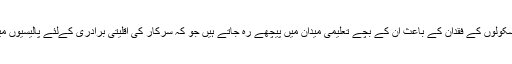
پشاور میں سکھ کمیونٹی کے سکولوں کے فقدان کے باعث ان کے بچے تعلیمی میدان میں پیچھے رہ جاتے ہیں جو کہ سرکار کی اقلیتی برادری کےلئے پالیسیوں میں تضاد کا منہ بولتا ثبوت ہے۔